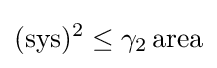
(\mathrm {sys} )^{2}\leq \gamma _{2}\,\mathrm {area}